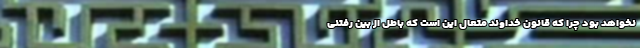
نخواهد بود چرا که قانون خداوند متعال این است که باطل از بین رفتنی